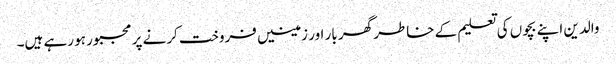
والدین اپنے بچوں کی تعلیم کے خاطر گھر بار اور زمینیں فروخت کرنے پر مجبور ہو رہے ہیں۔